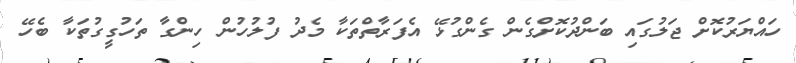
ހައްޔަރުކޮށް ޖަލުގައި ބަންދުކޮށްގެން ގެންގުޅޭ އެފަރާތްތަކާ މެދު ފުލުހުން ހިންގާ ތަހުގީގުތަކާ ބެހޭ